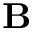
\textbf { B }